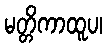
မတ္တိကာထူပ၊